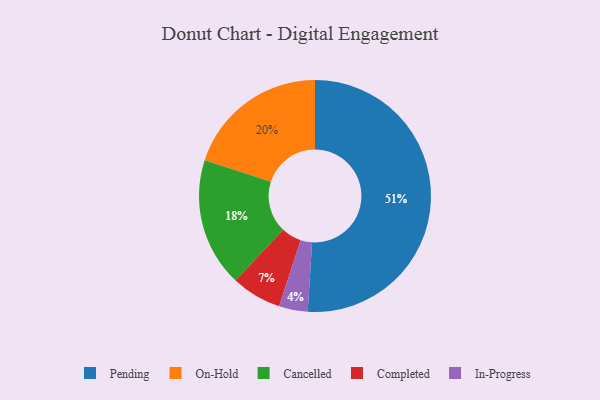
{"axis": {"x": "Category", "y": "Percentage"}, "legend": ["Cancelled", "Completed", "In-Progress", "On-Hold", "Pending"], "data": [{"x": "On-Hold", "y": 20, "type": "On-Hold"}, {"x": "In-Progress", "y": 4, "type": "In-Progress"}, {"x": "Completed", "y": 7, "type": "Completed"}, {"x": "Cancelled", "y": 18, "type": "Cancelled"}, {"x": "Pending", "y": 51, "type": "Pending"}]}